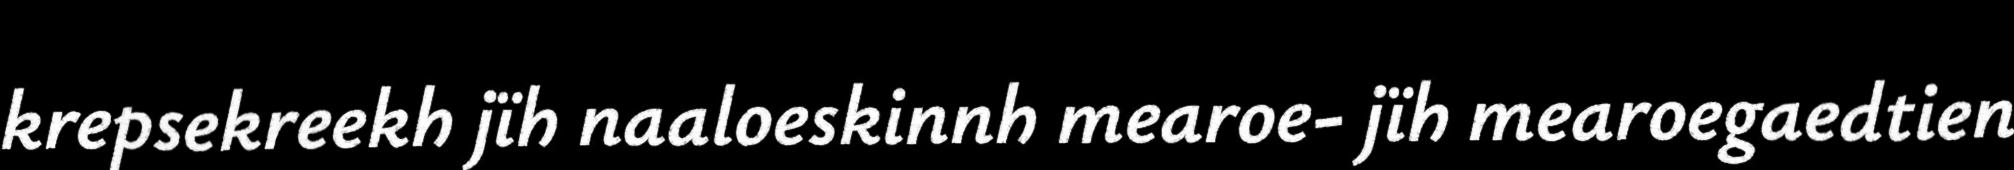
krepsekreekh jïh naaloeskinnh mearoe- jïh mearoegaedtien